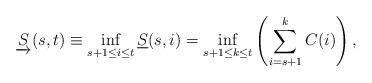
LaTeX: \begin{align*} \underrightarrow{S}(s,t) \equiv \inf_{s+1\le i\le t} \underline{S}(s,i) = \inf_{{s+1}\le{k}\le{t}}\left(\sum\limits_{i=s+1}\limits^{k}{C(i)}\right),\end{align*}